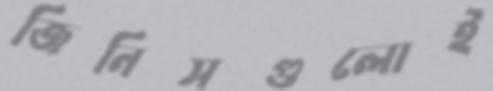
জিনিসগুলোই